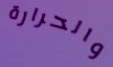
والحرارة